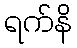
ရက်နိ